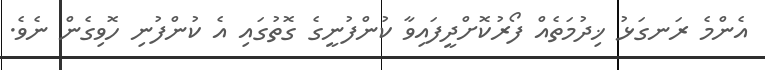
އެންމެ ރަނގަޅު ޚިދުމަތެއް ފޯރުކޮށްދީފައިވާ ކުންފުނީގެ ގޮތުގައި އެ ކުންފުނި ހޮވިގެން ނެވެ.